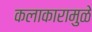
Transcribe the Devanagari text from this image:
कलाकारामुळे